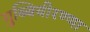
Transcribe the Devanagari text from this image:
गुब्बिवीरण्णा